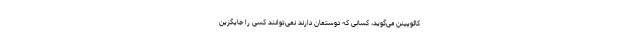
کائوپینن می‌گوید، کسانی که دوستمان دارند نمی‌توانند کسی را جایگزین